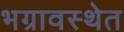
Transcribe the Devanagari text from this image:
भग्रावस्थेत